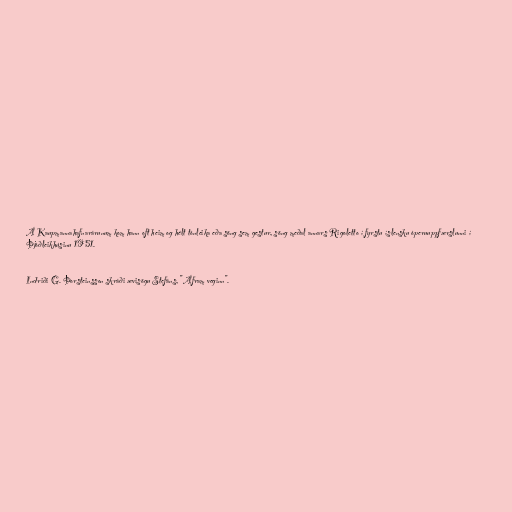
Á Kaupmannahafnarárunum kom hann oft heim og hélt tónleika eða söng sem gestur, söng meðal annars Rigoletto í fyrstu íslensku óperuuppfærslunni í
Þjóðleikhúsinu 1951.

Indriði G. Þorsteinsson skráði ævisögu Stefáns, "Áfram veginn".